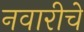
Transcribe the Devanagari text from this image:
नवारीचे